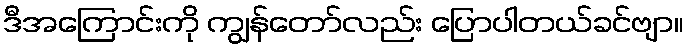
ဒီအကြောင်းကို ကျွန်တော်လည်း ပြောပါတယ်ခင်ဗျာ။